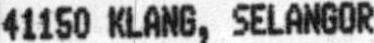
41150 KLANG, SELANGOR